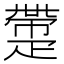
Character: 𤴟